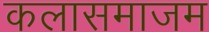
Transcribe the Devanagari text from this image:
कलासमाजम